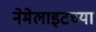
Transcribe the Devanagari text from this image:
नेमेलाइटच्या